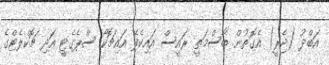
އަބްދު (ޖެރީ) އެގޮތުން ބާސްމަތީ ރައީސް އައިކެފޭ އައިޗޮކޯ ސްޕެގެޓީ އަދި ޗޮކްލެޓްގެ